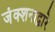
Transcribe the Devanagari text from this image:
जंक्शनाद्वारे